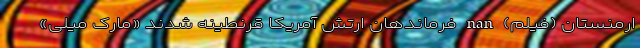
ارمنستان (فیلم) nan فرماندهان ارتش آمریکا قرنطینه شدند «مارک میلی»